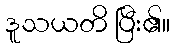
ဒူသယတိ ပြီး၏။